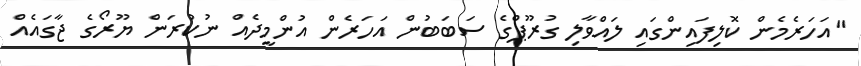
"އަހަރެމެން ކޮލިފައިންގައި ލައްވާލި ގުރޫޕްގެ ސަބަބުން އަހަރެން އުންމީދެއް ނުކުރަން ޔޫރޯގެ ޖާގައެއް